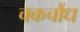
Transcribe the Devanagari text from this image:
चकचौंध